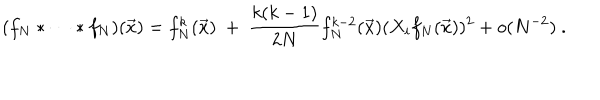
LaTeX: ( f _ { N } * \dots * f _ { N } ) ( \vec { x } ) = f _ { N } ^ { k } ( \vec { x } ) \ + \ \frac { k ( k - 1 ) } { 2 N } f _ { N } ^ { k - 2 } ( \vec { x } ) ( X _ { i } f _ { N } ( \vec { x } ) ) ^ { 2 } + o ( N ^ { - 2 } ) \ .